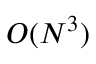
O ( N ^ { 3 } )